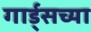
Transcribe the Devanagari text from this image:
गार्ड्‌सच्या